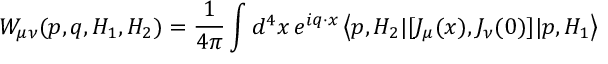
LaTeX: W _ { \mu \nu } ( p , q , H _ { 1 } , H _ { 2 } ) = { \frac { 1 } { 4 \pi } } \int d ^ { 4 } x \, e ^ { i q \cdot x } \left< p , H _ { 2 } | [ J _ { \mu } ( x ) , J _ { \nu } ( 0 ) ] | p , H _ { 1 } \right>